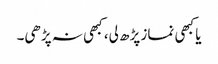
یا کبھی نماز پڑھ لی، کبھی نہ پڑھی۔